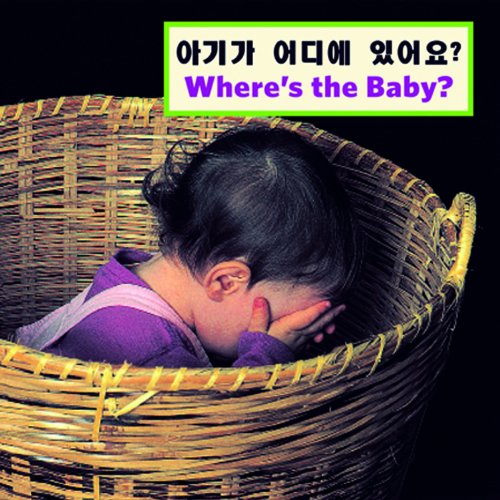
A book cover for Where's the Baby? (Korean/English) (Korean Edition); Cheryl Christian; Children's Books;